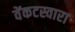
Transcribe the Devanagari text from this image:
वेंकटस्वारा